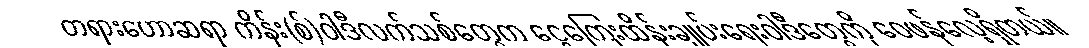
တရားဟောဆရာ ကိန်း(စ်)ဝါဒီလက်သစ်တွေက ငွေကြေးထိန်းချုပ်းရေးဝါဒီတွေကို ဝေဖန်လေ့ရှိတယ်။